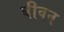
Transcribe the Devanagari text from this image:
बीवन